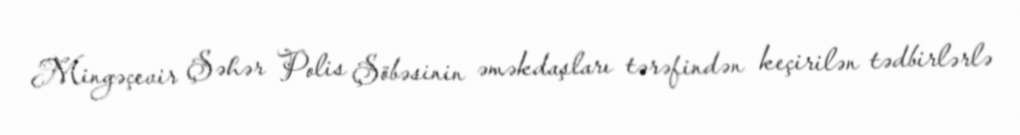
Mingəçevir Şəhər Polis Şöbəsinin əməkdaşları tərəfindən keçirilən tədbirlərlə